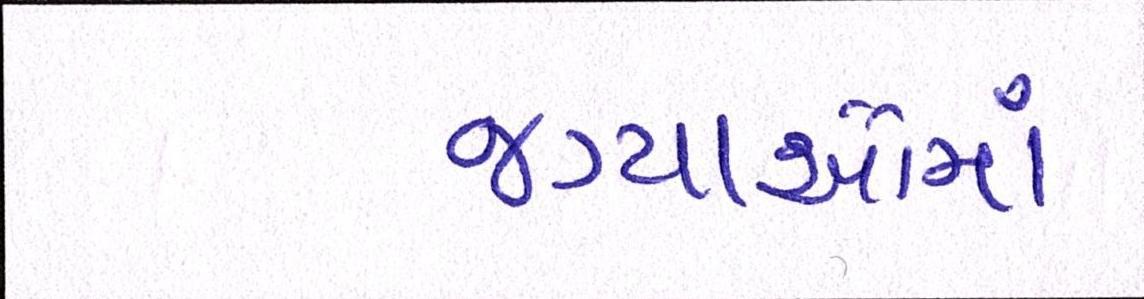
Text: જગ્યાઓમાં